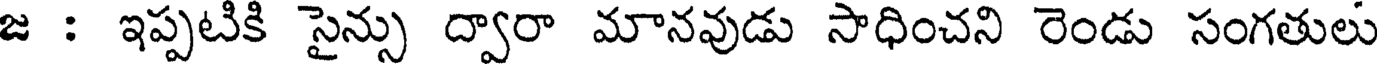
జ : ఇప్పటికి సైన్సు ద్వారా మానవుడు సాధించని రెండు సంగతులు